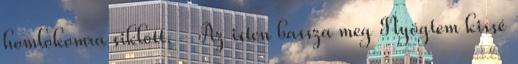
homlokomra siklott. - Az isten bassza meg Nyögtem kissé